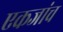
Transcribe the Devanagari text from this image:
एकजांच